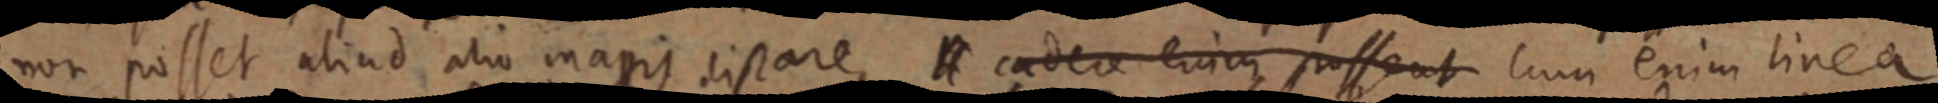
non posset aliud alio magis distare, H cadere enim possent cum enim linea